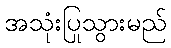
အသုံးပြုသွားမည်